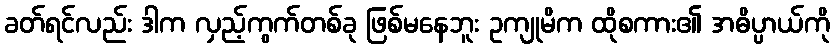
ခတ်ရင်လည်း ဒါက လှည့်ကွက်တစ်ခု ဖြစ်မနေဘူး ဥကျုမိက ထိုစကား၏ အဓိပ္ပာယ်ကို